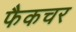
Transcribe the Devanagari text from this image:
फैकचर